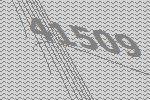
41509